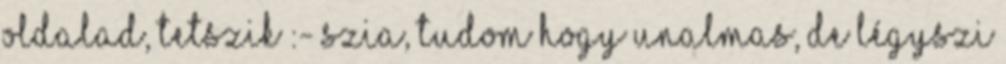
oldalad, tetszik :- Szia, tudom hogy unalmas, de légyszi